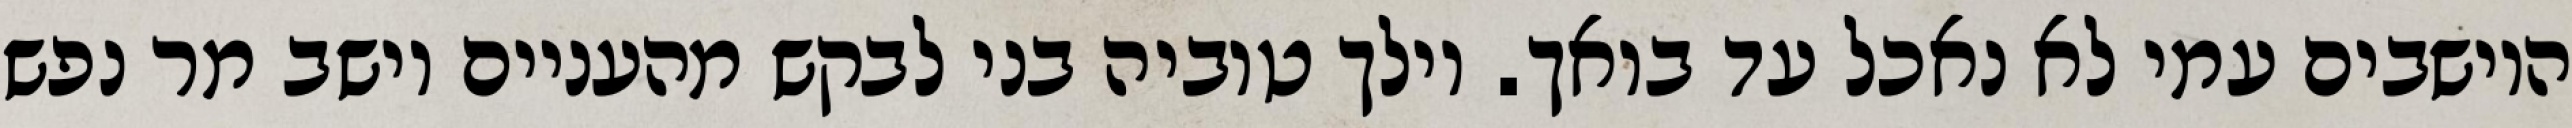
היושבים עמי לא נאכל עד בואך. וילך טוביה בני לבקש מהעניים וישב מר נפש